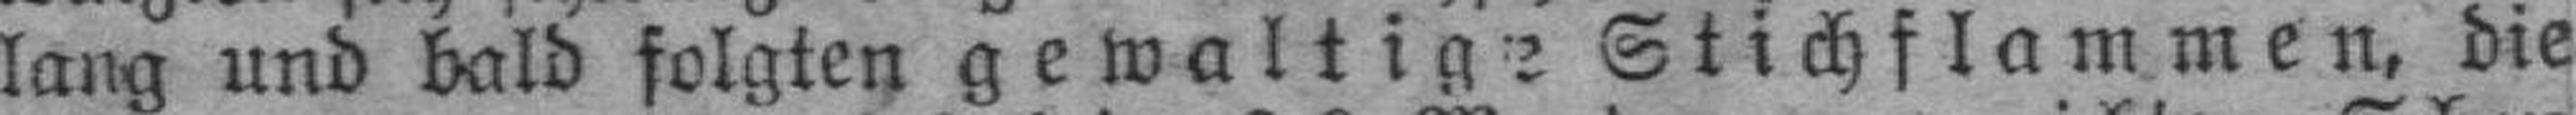
lang und bald folgten gewaltige Stichflammen, die